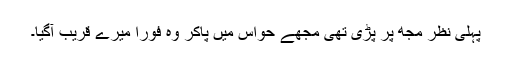
پہلی نظر مجھ پر پڑی تھی مجھے حواس میں پاکر وہ فوراً میرے قریب آگیا۔